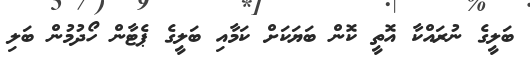
ބަލީގެ ނުރައްކާ އޮތީ ކޮން ބަޔަކަށް ކަމާއި ބަލީގެ ޕެޓާން ހޯދުމުން ބަލި